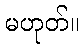
မဟုတ်။